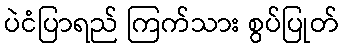
ပဲငံပြာရည် ကြက်သား စွပ်ပြုတ်